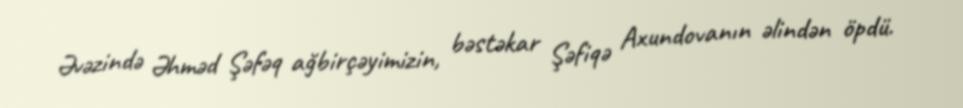
Əvəzində Əhməd Şəfəq ağbirçəyimizin, bəstəkar Şəfiqə Axundovanın əlindən öpdü.